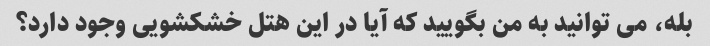
بله، می توانید به من بگویید که آیا در این هتل خشکشویی وجود دارد؟